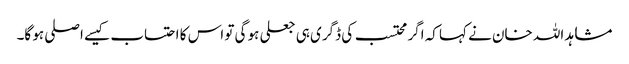
مشاہد اللہ خان نے کہا کہ اگر محتسب کی ڈگری ہی جعلی ہو گی تو اس کا احتساب کیسے اصلی ہو گا۔